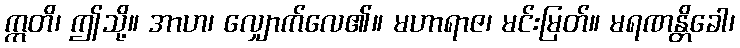
ဣတိ၊ ဤသို့။ အာဟ၊ လျှောက်လေ၏။ မဟာရာဇ၊ မင်းမြတ်။ မရဏန္တိခေါ၊